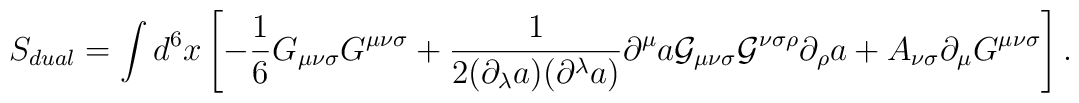
S_{dual}=\int d^{6}x\left[-{\frac 1 6}G_{{\mu}{\nu}{\sigma}}G^{{\mu}{\nu}{\sigma}}+\frac{1}{2({\partial}_{\lambda}a)({\partial}^{\lambda}a)}{\partial}^{\mu}a{\cal G}_{{\mu}{\nu}{\sigma}}{\cal G}^{{\nu}{\sigma}{\rho}}{\partial}_{\rho}a+A_{{\nu}{\sigma}}{\partial}_{{\mu}}G^{{\mu}{\nu}{\sigma}}\right].